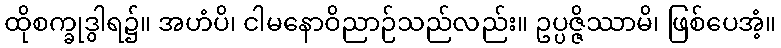
ထိုစက္ခုဒွါရ၌။ အဟံပိ၊ ငါမနောဝိညာဉ်သည်လည်း။ ဥပ္ပဇ္ဇိဿာမိ၊ ဖြစ်ပေအံ့။